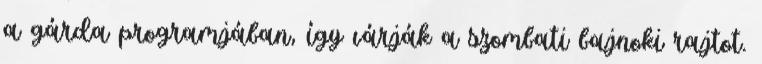
a gárda programjában, így várják a szombati bajnoki rajtot.